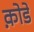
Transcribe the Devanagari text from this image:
क़ोडे